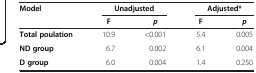
| Model | <COLSPAN=2> Unadjusted | <COLSPAN=2> Adjusted* |
 |  | F | p | F | p |
 | --- | --- | --- | --- | --- |
 | Total poulation | 10.9 | <0.001 | 5.4 | 0.005 |
 | ND group | 6.7 | 0.002 | 6.1 | 0.004 |
 | D group | 6.0 | 0.004 | 1.4 | 0.250 |